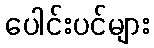
ပေါင်းပင်များ